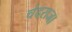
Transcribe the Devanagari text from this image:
चंदराजा